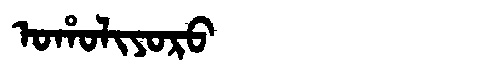
Manchu: ᠣᡥᠣᠯᡳᠶᠣᡵᠣ
Romanization: OHOLIYORO